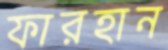
ফারহান